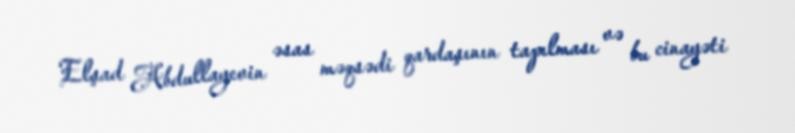
Elşad Abdullayevin əsas məqsədi qardaşının tapılması və bu cinayəti